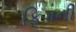
ફિગની